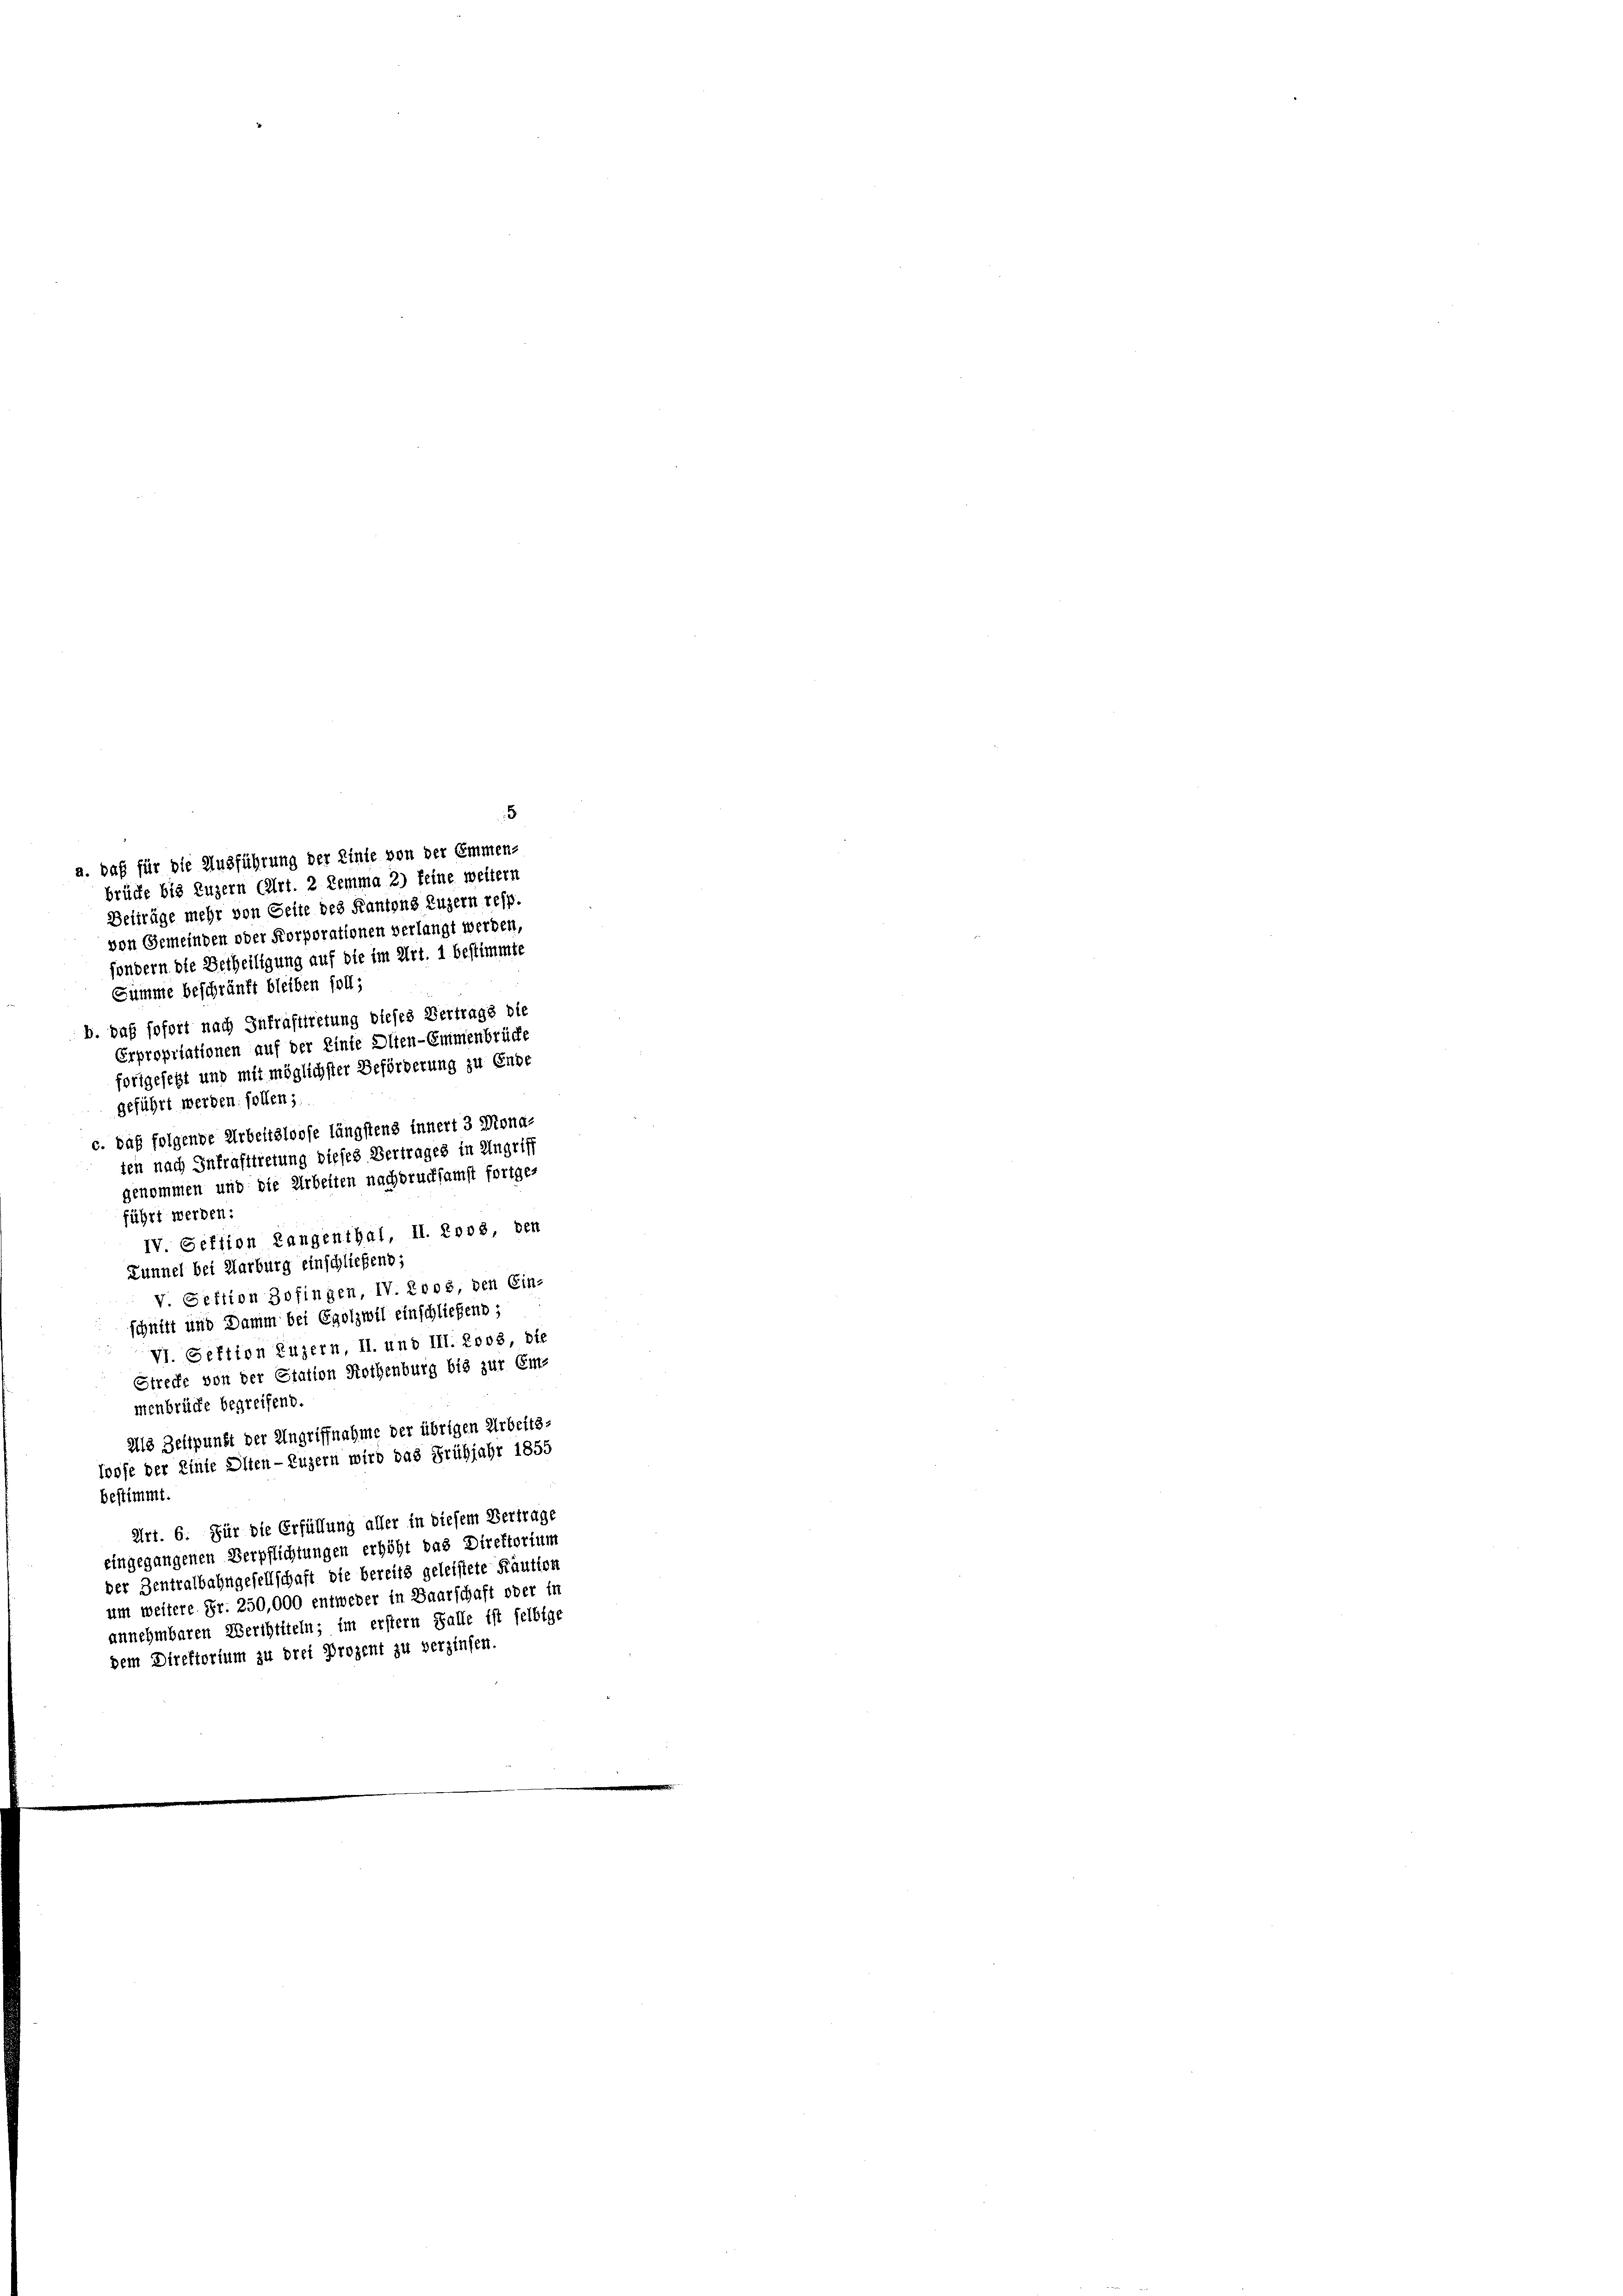
a. daß für die Ausführung der Linie von der Emmen-
brüche bis Luzern (Art. 2 Kemma 2) feine weitern
Beiträge mehr von Seite des Kantons Luzern resp.
von Gemeinden oder Korporationen verlangt werden,
sondern die Betheiligung auf die im Art. 1 bestimmte
Summe beschränkt bleiben soll;
b. daß sofort nach Inkrafttretung dieses Vertrage die
Erpropriationen auf der Einte Dlien-Emmenbrüche
fortgesetzt und mit möglichster Beförderung zu Ende
geführt werden. sollen;
c. daß folgende Arbeitsloose längstens innert 3 Monaten nach Inkrafttretung dieses Vertrages in Angriff
genommen und die Arbeiten nachdrucksamst fortge-
führt werden:
IV Seftion Langenthal, II. Loos, den
Zunnel bei Marburg einschließend;
V. Sektion Zofingen, IV. Loos, den Ein-
schnitt und Damm bei Egolzwil einschließend;
VI. Sektion Luzern, II. und III. Loos die
Strecke von der Station Rothenburg bis zur Em-
menbrücke begreifend.
alls Zeitpunkt der Angriffnahme der übrigen Arbeits-
loofe der Einte Olten - Luzern wird das Frühjahr 1855
bestimmt.
Art. 6. Für die Erfüllung aller in diesem Vertrage
eingegangenen Verpflichtungen erhöht das Direktorium
der Zentralbahngesellschaft die bereits geleistete Kaution
um weitere Fr. 250,000 entweder in Baarschaft oder in
annehmbaren Werthtiteln; im erstern Falle ist felbige
dem Direktorium zu drei Prozent zu verzinsen.

5